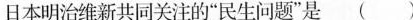
日本明治维新共同关注的”民生问题”是( )